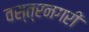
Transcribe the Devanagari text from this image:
वस्त्रनगरी